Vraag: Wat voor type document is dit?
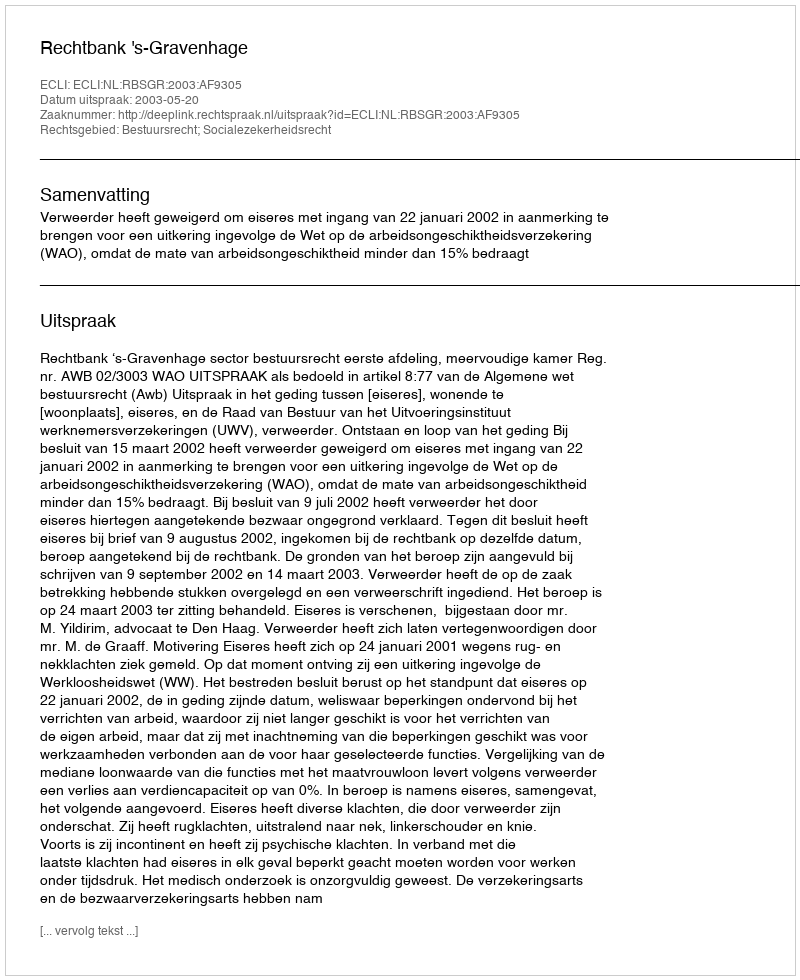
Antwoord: Uitspraak